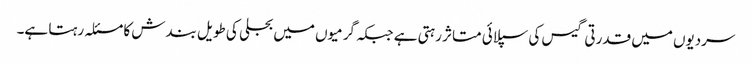
سردیوں میں قدرتی گیس کی سپلائی متاثر رہتی ہے جبکہ گرمیوں میں بجلی کی طویل بندش کا مسئلہ رہتا ہے۔